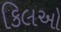
કિલઓ